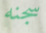
سجنه